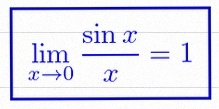
\lim_{x\to0}\frac{\sin x}{x}=1